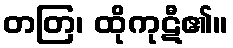
တတြ၊ ထိုကုဋီ၏။